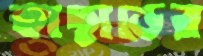
কাছাড়ের